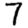
Digit: 7